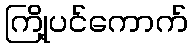
ကြို့ပင်ကောက်